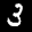
Label: 3